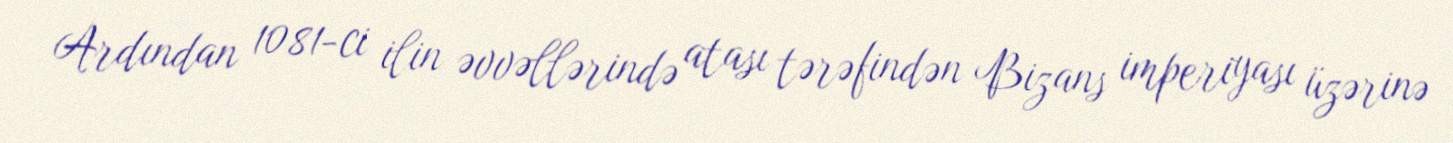
Ardından 1081-ci ilin əvvəllərində atası tərəfindən Bizans imperiyası üzərinə